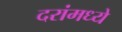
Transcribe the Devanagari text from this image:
दरांमध्ये